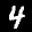
Label: 4